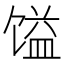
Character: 𲋫